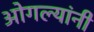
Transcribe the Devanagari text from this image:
ओगल्यांनी